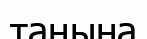
таңына